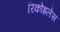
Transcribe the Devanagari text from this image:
रिकोइलेस